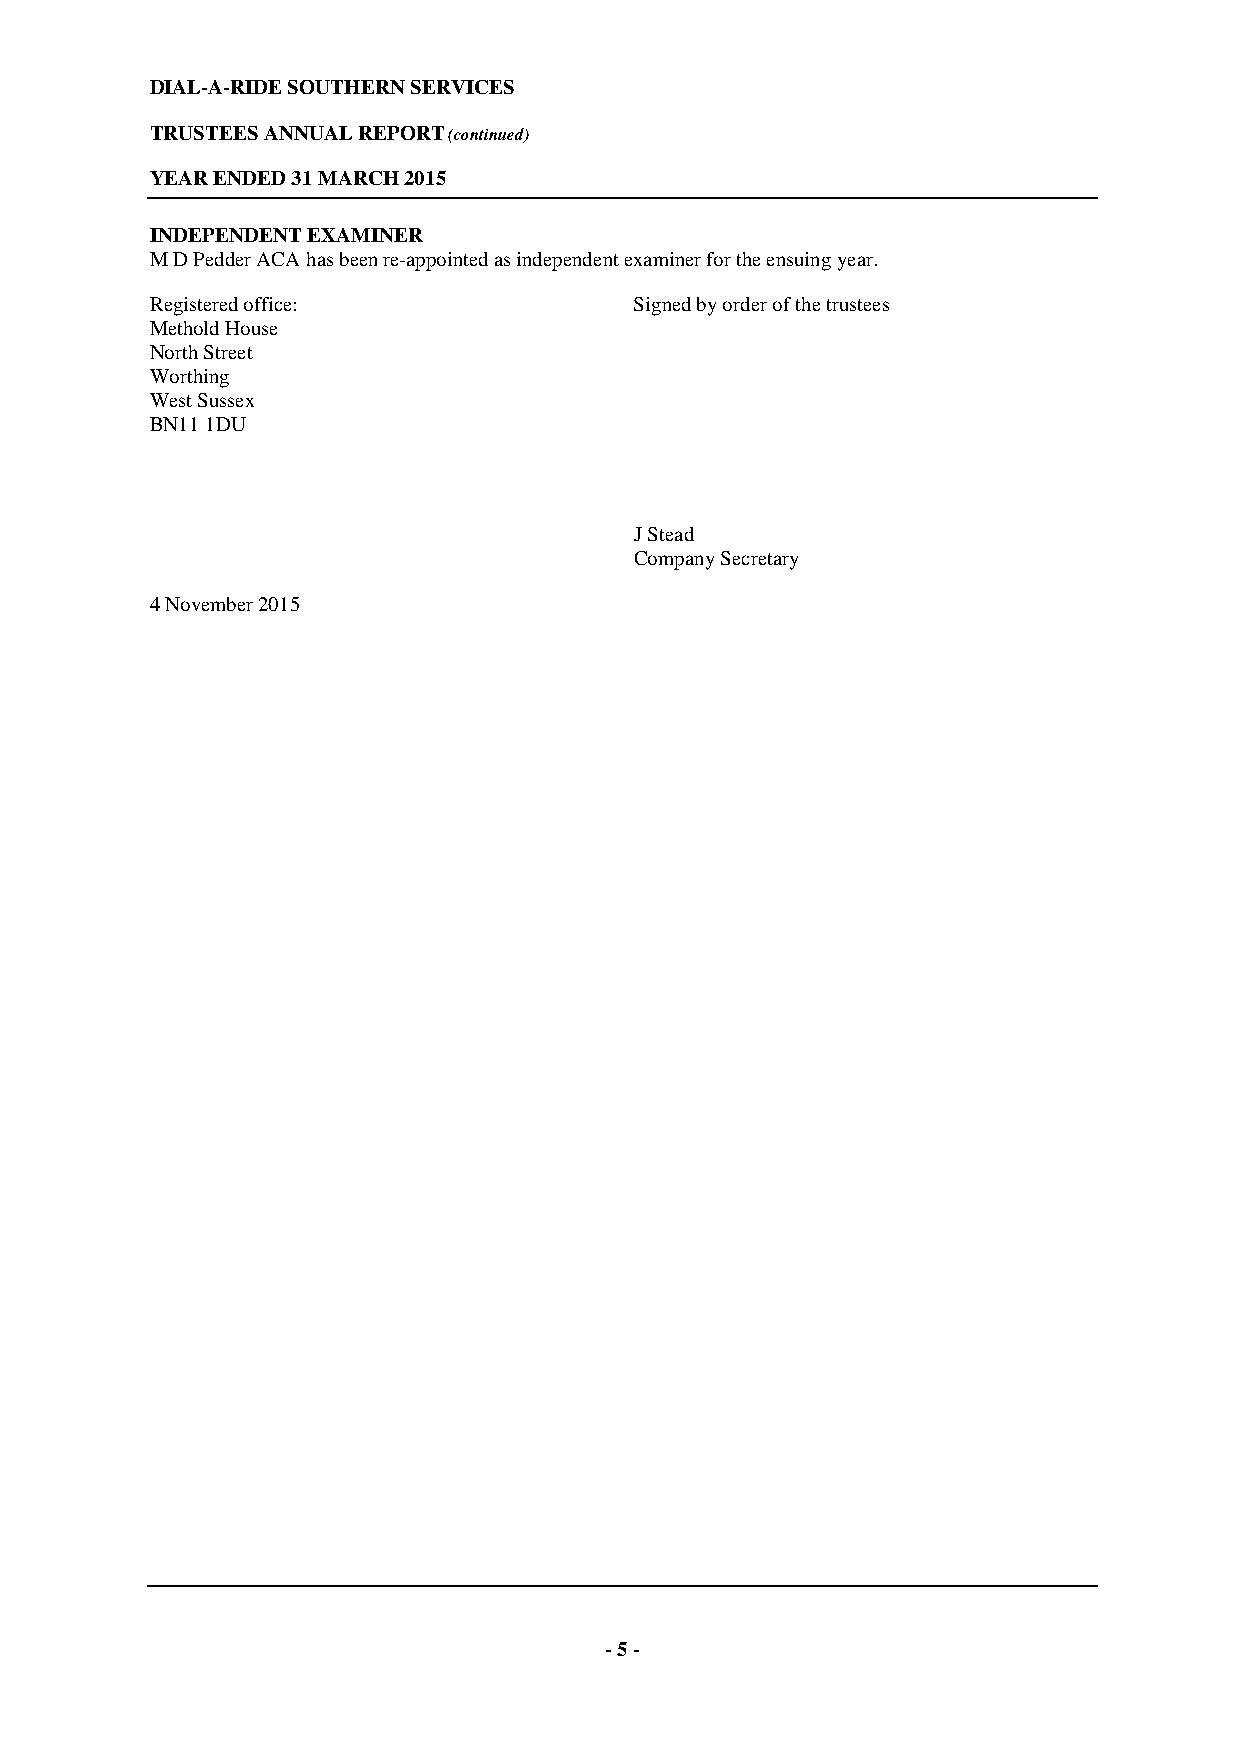
DIAL-A-RIDE SOUTHERN SERVICES
 TRUSTEES ANNUAL REPORT (continued)
 YEAR ENDED 31 MARCH 2015
 INDEPENDENT EXAMINER
 M D Pedder ACA has been re-appointed as independent examiner for the ensuing year.
 Registered office:              Signed by order of the trustees
 Methold House
 North Street
 Worthing
 West Sussex
 BN11 1DU
 J Stead
 Company Secretary
 4 November 2015
 - 5 -